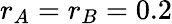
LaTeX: r_{A}=r_{B}=0.2